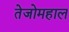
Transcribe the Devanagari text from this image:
तेजोमहाल